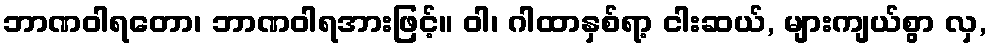
ဘာဏဝါရတော၊ ဘာဏဝါရအားဖြင့်။ ဝါ၊ ဂါထာနှစ်ရာ့ ငါးဆယ်, များကျယ်စွာ လှ,